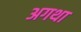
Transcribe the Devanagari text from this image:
अगथा